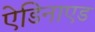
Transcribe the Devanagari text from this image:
ऐडिनाएड